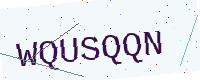
Text: WQUSQQN